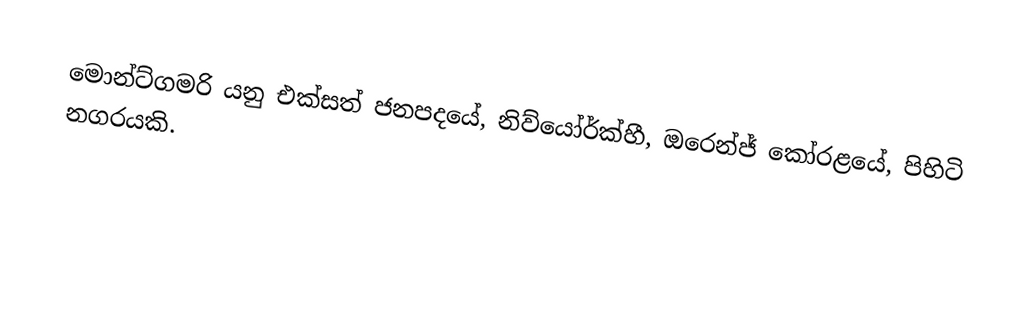
මොන්ට්ගමරි යනු   එක්සත් ජනපදයේ, නිව්යෝර්ක්හී, ඔරෙන්ජ් කෝරළයේ,  පිහිටි  නගරයකි.